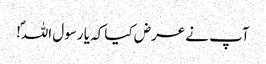
آپ نے عرض کیا کہ یا رسول اللہؐ!